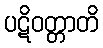
ပဋိဝတ္တာတိ